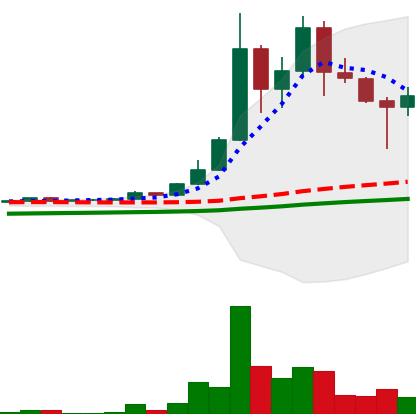
Ticker: DOGE-USD
Chart end date: 2021-04-24
Forward return: 12.937%
Label: up_7plus